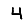
Digit: 4